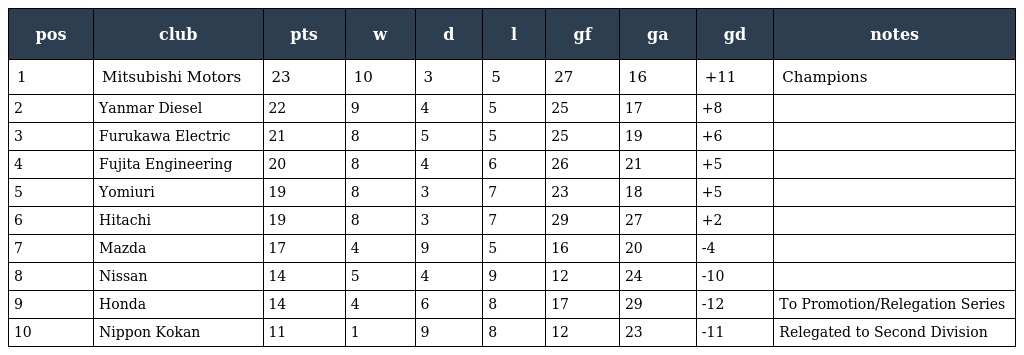
| pos | club | pts | w | d | l | gf | ga | gd | notes |
 | --- | --- | --- | --- | --- | --- | --- | --- | --- | --- |
 | 1 | Mitsubishi Motors | 23 | 10 | 3 | 5 | 27 | 16 | +11 | Champions |
 | 2 | Yanmar Diesel | 22 | 9 | 4 | 5 | 25 | 17 | +8 |  |
 | 3 | Furukawa Electric | 21 | 8 | 5 | 5 | 25 | 19 | +6 |  |
 | 4 | Fujita Engineering | 20 | 8 | 4 | 6 | 26 | 21 | +5 |  |
 | 5 | Yomiuri | 19 | 8 | 3 | 7 | 23 | 18 | +5 |  |
 | 6 | Hitachi | 19 | 8 | 3 | 7 | 29 | 27 | +2 |  |
 | 7 | Mazda | 17 | 4 | 9 | 5 | 16 | 20 | -4 |  |
 | 8 | Nissan | 14 | 5 | 4 | 9 | 12 | 24 | -10 |  |
 | 9 | Honda | 14 | 4 | 6 | 8 | 17 | 29 | -12 | To Promotion/Relegation Series |
 | 10 | Nippon Kokan | 11 | 1 | 9 | 8 | 12 | 23 | -11 | Relegated to Second Division |